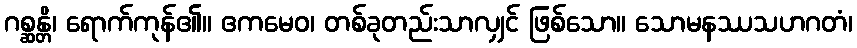
ဂစ္ဆန္တိ၊ ရောက်ကုန်၏။ ဧကမေဝ၊ တစ်ခုတည်းသာလျှင် ဖြစ်သော။ သောမနဿသဟဂတံ၊